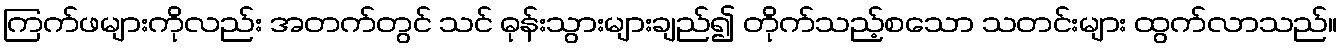
ကြက်ဖများကိုလည်း အတက်တွင် သင် ဓုန်းသွားများချည်၍ တိုက်သည့်စသော သတင်းများ ထွက်လာသည်။